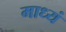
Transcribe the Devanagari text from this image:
माध्यं